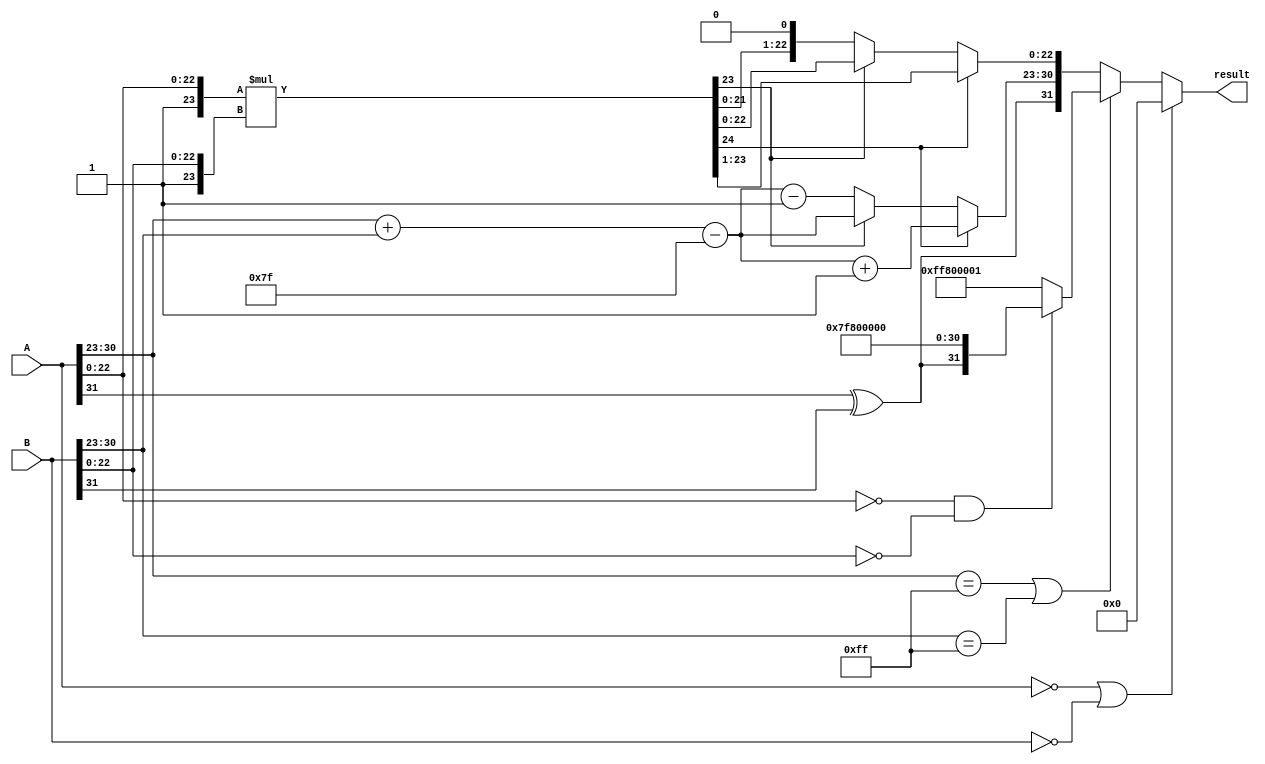
module radix2_fp_multiplier (
    input [31:0] A, // First floating-point number
    input [31:0] B, // Second floating-point number
    output reg [31:0] result // Resulting floating-point number
);

    // Constants
    parameter BIAS = 8'd127;
    parameter EXPONENT_BITS = 8;
    parameter MANTISSA_BITS = 23;

    // Intermediate signals
    wire sign_A, sign_B, sign_result;
    wire [EXPONENT_BITS-1:0] exponent_A, exponent_B, exponent_result;
    wire [MANTISSA_BITS-1:0] mantissa_A, mantissa_B;
    wire [MANTISSA_BITS+1:0] mantissa_result; // 24 bits for mantissa multiplication
    wire [EXPONENT_BITS+1:0] exponent_sum; // To hold the sum of exponents

    // Extract sign, exponent, and mantissa
    assign sign_A = A[31];
    assign exponent_A = A[30:23];
    assign mantissa_A = A[22:0];
    
    assign sign_B = B[31];
    assign exponent_B = B[30:23];
    assign mantissa_B = B[22:0];

    // Calculate sign of the result
    assign sign_result = sign_A ^ sign_B;

    // Calculate exponent of the result
    assign exponent_sum = exponent_A + exponent_B - BIAS;
    assign exponent_result = exponent_sum[EXPONENT_BITS-1:0]; // Take lower 8 bits

    // Calculate mantissa of the result (including implicit leading 1)
    wire [MANTISSA_BITS+1:0] mantissa_A_full = {1'b1, mantissa_A}; // Implicit leading 1
    wire [MANTISSA_BITS+1:0] mantissa_B_full = {1'b1, mantissa_B}; // Implicit leading 1
    assign mantissa_result = mantissa_A_full * mantissa_B_full;

    // Normalization logic
    reg [MANTISSA_BITS+1:0] normalized_mantissa;
    reg [EXPONENT_BITS-1:0] adjusted_exponent;
    always @(*) begin
        if (mantissa_result[MANTISSA_BITS+1]) begin
            // If mantissa_result is greater than or equal to 2.0
            normalized_mantissa = mantissa_result >> 1; // Right shift
            adjusted_exponent = exponent_result + 1; // Increment exponent
        end else begin
            // If mantissa_result is less than 1.0
            normalized_mantissa = mantissa_result; // No shift
            adjusted_exponent = exponent_result; // No change
            if (normalized_mantissa[23] == 0) begin
                normalized_mantissa = normalized_mantissa << 1; // Left shift
                adjusted_exponent = adjusted_exponent - 1; // Decrement exponent
            end
        end
    end

    // Handle special cases (zero, infinity, NaN)
    always @(*) begin
        if (A == 32'b0 || B == 32'b0) begin
            result = 32'b0; // Zero case
        end else if (exponent_A == 8'hFF || exponent_B == 8'hFF) begin
            // Check for infinity or NaN
            if (mantissa_A == 23'b0 && mantissa_B == 23'b0) begin
                result = {sign_result, 8'hFF, 23'b0}; // Infinity case
            end else begin
                result = {1'b1, 8'hFF, 23'b1}; // NaN case
            end
        end else begin
            // Construct the result
            result = {sign_result, adjusted_exponent, normalized_mantissa[MANTISSA_BITS-1:0]};
        end
    end

endmodule